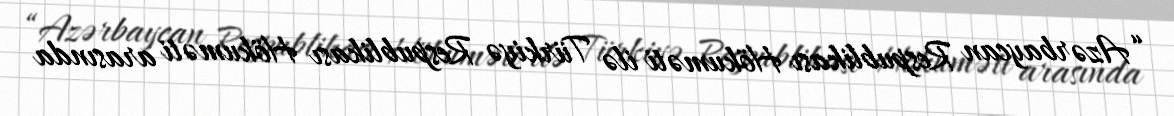
“Azərbaycan Respublikası Hökuməti ilə Türkiyə Respublikası Hökuməti arasında